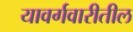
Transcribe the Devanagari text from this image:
यावर्गवारीतील